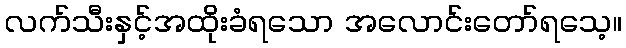
လက်သီးနှင့်အထိုးခံရသော အလောင်းတော်ရသေ့။